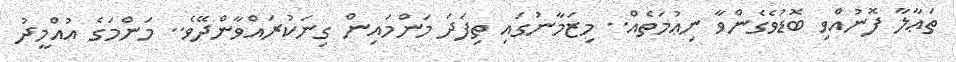
ތަޢާލާ ފޮނުއްވި ބޮޑުވެގެންވާ ނިޢުމަތެއް.. މިޒަމާނުގައި ތިފަދަ މަންމައިން ގިނަކުރައްވާންދޭވެ.. މަންމަގެ އުއްމީދު